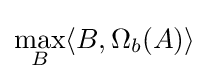
\max _{B}\langle B,\Omega _{b}(A)\rangle